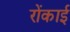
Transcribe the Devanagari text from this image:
रोंकाई